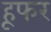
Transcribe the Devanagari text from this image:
हूफर